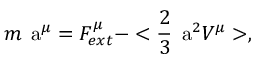
m \mathrm { \Large ~ a } ^ { \mu } = F _ { e x t } ^ { \mu } - < \frac { 2 } { 3 } { \mathrm { \Large ~ a } } ^ { 2 } V ^ { \mu } > ,